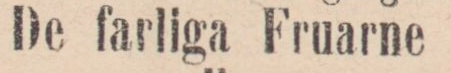
De farliga Fruarne